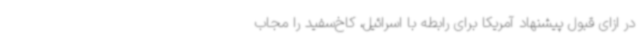
در ازای قبول پیشنهاد آمریکا برای رابطه با اسرائیل، کاخ‌سفید را مجاب